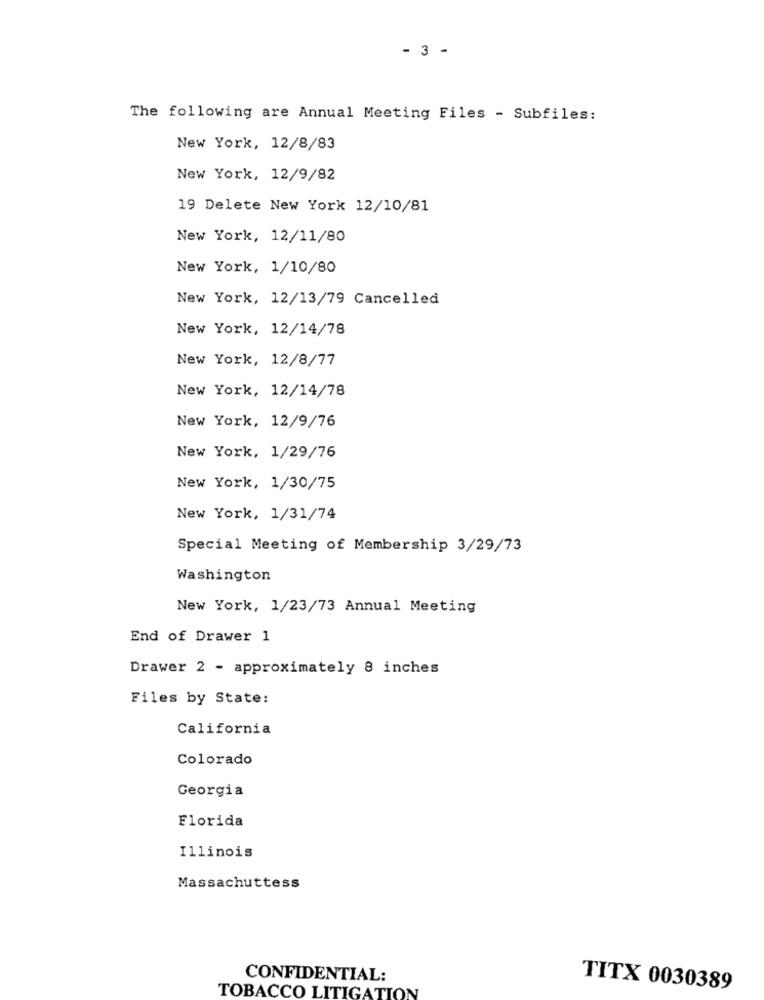
- 3 -
The following are Annual Meeting Files - Subfiles:
New York, 12/8/83
New York, 12/9/82
19 Delete New York 12/10/81
New York, 12/11/80
New York, 1/10/80
New York, 12/13/79 Cancelled
New York, 12/14/78
New York, 12/8/77
New York, 12/14/78
New York, 12/9/76
New York, 1/29/76
New York, 1/30/75
New York, 1/31/74
Special Meeting of Membership 3/29/73
Washington
New York, 1/23/73 Annual Meeting
End of Drawer 1
Drawer 2 - approximately 8 inches
Files by State:
California
Colorado
Georgia
Florida
Illinois
Massachuttess
CONFIDENTIAL:
TITX 0030389
TOBACCO LITIGATION